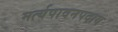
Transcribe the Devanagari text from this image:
मर्त्यपावनपदाय